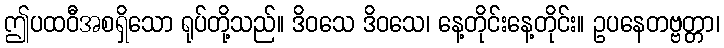
ဤပထဝီအစရှိသော ရုပ်တို့သည်။ ဒိဝသေ ဒိဝသေ၊ နေ့တိုင်းနေ့တိုင်း။ ဥပနေတဗ္ဗတ္တာ၊